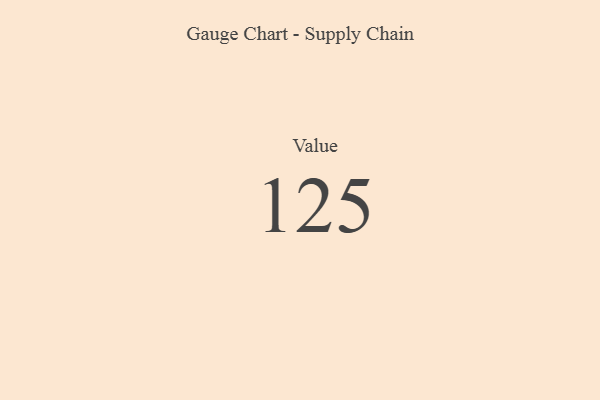
{"axis": {"x": "Metric", "y": "Value"}, "legend": [""], "data": [{"x": "Value", "y": 125, "type": ""}]}